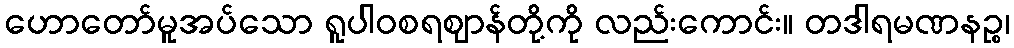
ဟောတော်မူအပ်သော ရူပါဝစရဈာန်တို့ကို လည်းကောင်း။ တဒါရမဏနဉ္စ၊